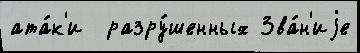
ата́к'и  разру́шенных Зва́н'иjе